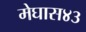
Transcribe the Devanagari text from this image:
मेघास४३